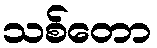
သစ်တော